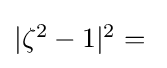
\textstyle |\zeta ^{2}-1|{}^{2}={}